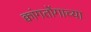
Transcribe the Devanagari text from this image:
क्वांगतोंगाच्या